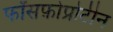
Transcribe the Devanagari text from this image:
फॉसफ़ोप्रोटीन